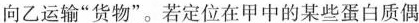
向乙运输”货物”。若定位在甲中的某些蛋白质偶